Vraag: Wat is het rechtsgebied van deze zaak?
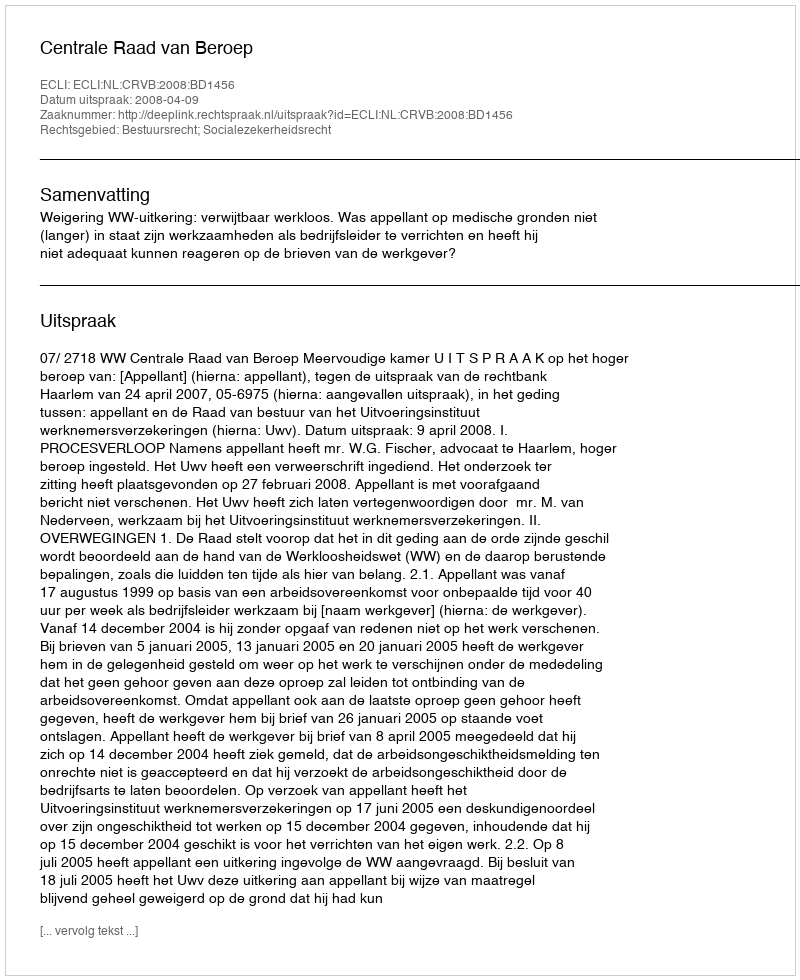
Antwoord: Bestuursrecht; Socialezekerheidsrecht